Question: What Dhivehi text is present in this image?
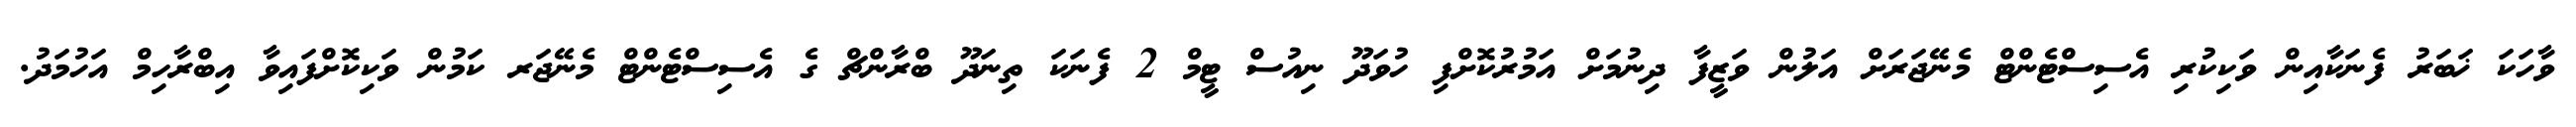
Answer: ވާހަކަ ޚަބަރު ފެނަކާއިން ވަކިކުރި އެސިސްޓެންޓް މެނޭޖަރަށް އަލުން ވަޒީފާ ދިނުމަށް އަމުރުކޮށްފި ހުވަދޫ ނިއުސް ޓީމް 2 ފެނަކަ ތިނަދޫ ބްރާންޗް ގެ އެސިސްޓެންޓް މެނޭޖަރ ކަމުން ވަކިކޮށްފައިވާ އިބްރާހިމް އަހުމަދު.